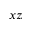
x z